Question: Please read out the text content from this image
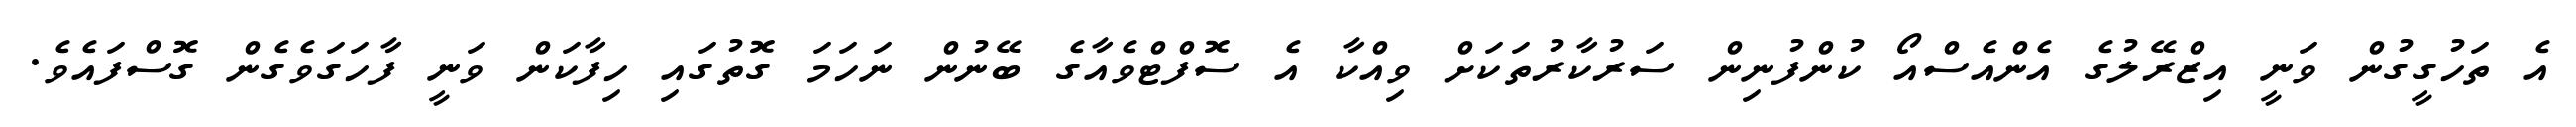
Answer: އެ ތަހުގީގުން ވަނީ އިޒްރޭލުގެ އެންއެސްއޯ ކުންފުނިން ސަރުކާރުތަކަށް ވިއްކާ އެ ސޮފްޓްވެއާގެ ބޭނުން ނަހަމަ ގޮތުގައި ހިފާކަން ވަނީ ފާހަގަވެގެން ގޮސްފައެވެ.